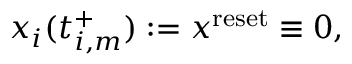
x _ { i } ( t _ { i , m } ^ { + } ) : = x ^ { \mathrm { r e s e t } } \equiv 0 ,